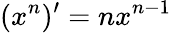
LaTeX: (x^{n})^{\prime}=nx^{n-1}